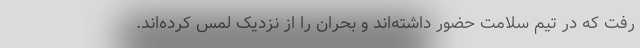
رفت که در تیم سلامت حضور داشته‌اند و بحران را از نزدیک لمس کرده‌اند.